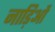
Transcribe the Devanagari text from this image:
नाड़िओं